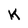
Character: K